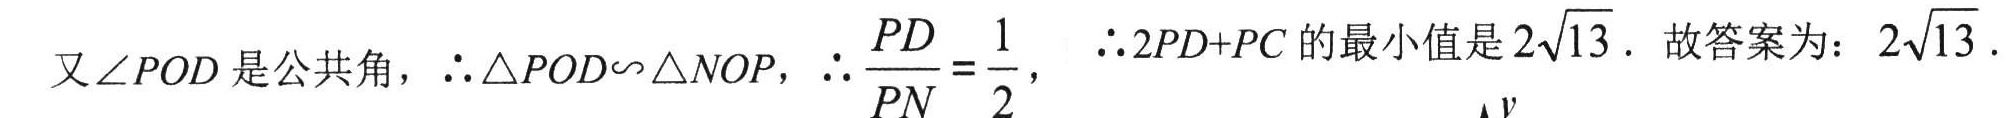
又\(\angle POD\)是公共角，\(\therefore \triangle POD\sim \triangle NOP\)，\(\therefore \dfrac{PD}{PN}=\dfrac{1}{2}\)， \(\therefore 2PD + PC\)的最小值是\(2\sqrt{13}\)．故答案为：\(2\sqrt{13}\)．